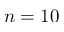
n = 1 0